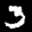
Label: 3